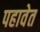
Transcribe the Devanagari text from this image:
पहावेत